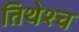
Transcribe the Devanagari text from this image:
तिथेश्च